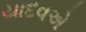
યાદવએ